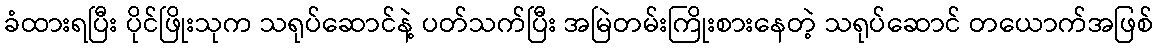
ခံထားရပြီး ပိုင်ဖြိုးသုက သရုပ်ဆောင်နဲ့ ပတ်သက်ပြီး အမြဲတမ်းကြိုးစားနေတဲ့ သရုပ်ဆောင် တယောက်အဖြစ်